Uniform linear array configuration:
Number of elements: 48
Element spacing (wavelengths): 0.5
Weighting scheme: cosine
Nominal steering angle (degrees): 0
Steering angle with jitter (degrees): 1.394
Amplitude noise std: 0.05
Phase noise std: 0.05

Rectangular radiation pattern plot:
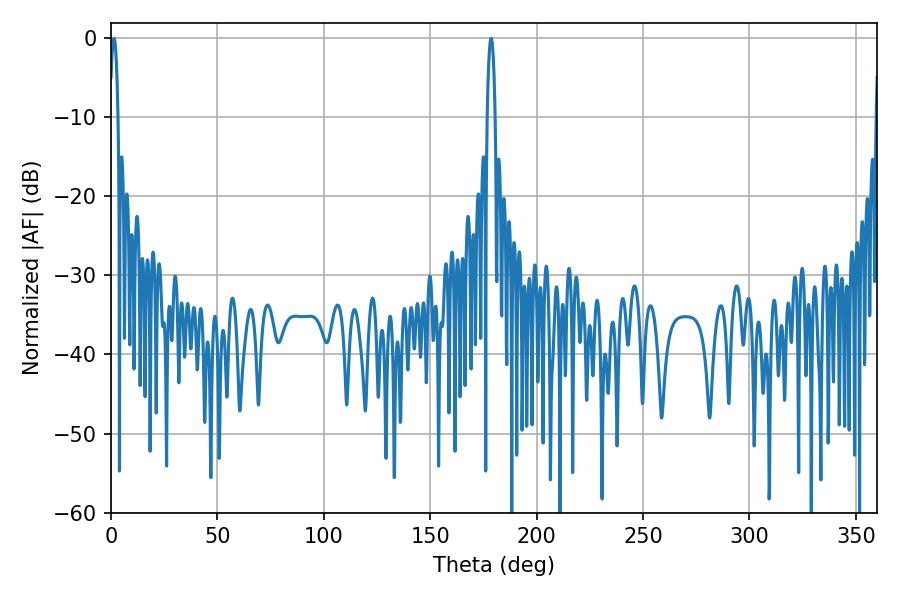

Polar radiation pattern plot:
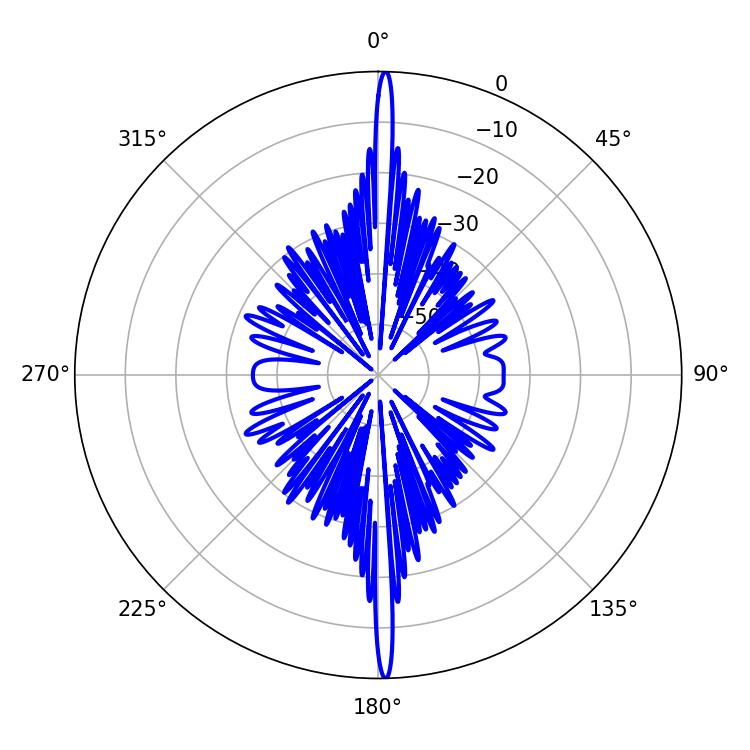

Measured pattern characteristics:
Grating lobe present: FALSE
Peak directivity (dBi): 29.96
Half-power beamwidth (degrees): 1.98
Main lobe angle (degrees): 178.56